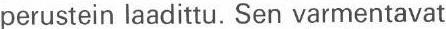
perustein laadittu. Sen varmentavat